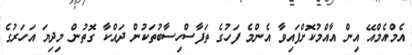
އެމްއެމްއޭ އިން އާއްމުކޮށްފައިވާ އެންމެ ފަހުގެ ތަފާސްހިސާބުތަކުން ދައްކާ ގޮތުން މިދިޔަ އަހަރުގެ